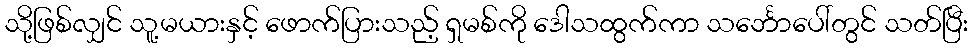
သို့ဖြစ်လျှင် သူ့မယားနှင့် ဖောက်ပြားသည့် ရှမစ်ကို ဒေါသထွက်ကာ သင်္ဘောပေါ်တွင် သတ်ပြီး